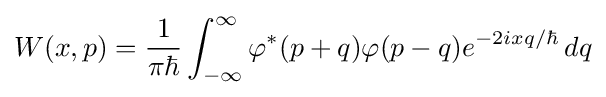
W(x,p)={\frac {1}{\pi \hbar }}\int _{-\infty }^{\infty }\varphi ^{*}(p+q)\varphi (p-q)e^{-2ixq/\hbar }\,dq